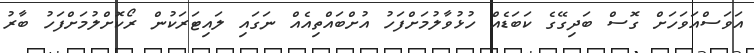
އަވަސްއަވަހަށް ގޮސް ބަދިގޭގެ ކަބަޑެއް ހުޅުވާލުމަށްފަހު އުށްބައްތިއެއް ނަގައި ލައިޓަރަކުން ރޯކޮށްލުމަށްފަހު ބާރު